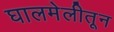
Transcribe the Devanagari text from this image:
घालमेलीतून